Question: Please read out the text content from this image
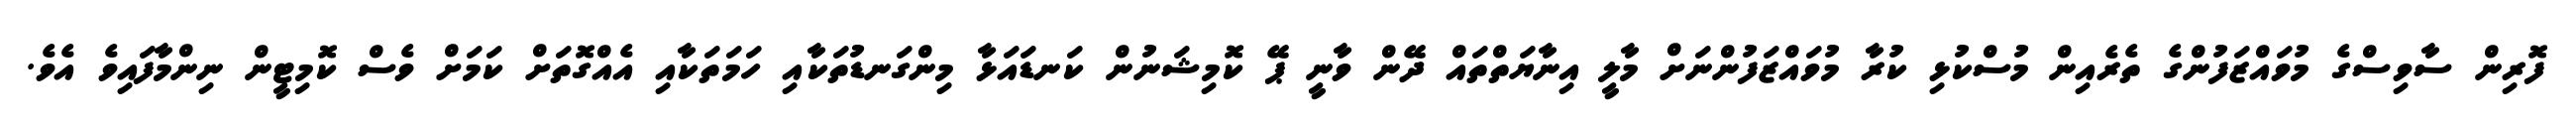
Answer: ފޮރިން ސާވިސްގެ މުވައްޒަފުންގެ ތެރެއިން މުސްކުޅި ކުރާ މުވައްޒަފުންނަށް މާލީ އިނާޔަތްތައް ދޭން ވާނީ ޕޭ ކޮމިޝަނުން ކަނޑައަޅާ މިންގަނޑުތަކާއި ހަމަތަކާއި އެއްގޮތަށް ކަމަށް ވެސް ކޮމިޓީން ނިންމާފައިވެ އެވެ.